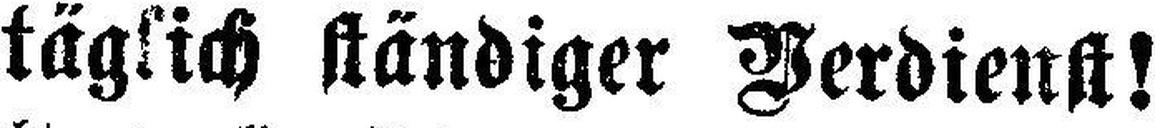
täglich ständiger Verdienst!